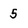
Character: 5